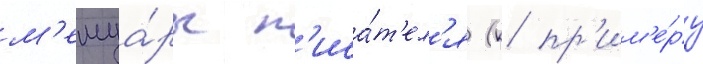
м'емуа́ры п'иса́т'ел'я (к пр'им'е́ру